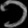
Digit: ၁